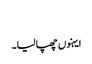
‏
ایہنوں چھپا لیا۔